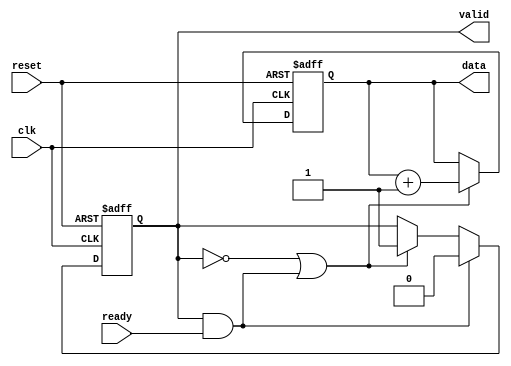
module producer (
    input wire clk,
    input wire reset,
    output reg [7:0] data,
    output reg valid,
    input wire ready
);
    // Simple data generation logic
    always @(posedge clk or posedge reset) begin
        if (reset) begin
            data <= 8'b0;
            valid <= 1'b0;
        end else begin
            // Generate new data and set valid signal when ready is high
            if (!valid || (valid && ready)) begin
                data <= data + 1; // Example data generation (incrementing)
                valid <= 1'b1; // Set valid high
            end
            // Reset valid signal when data is acknowledged
            if (valid && ready) begin
                valid <= 1'b0; // Reset valid after data is sent
            end
        end
    end
endmodule